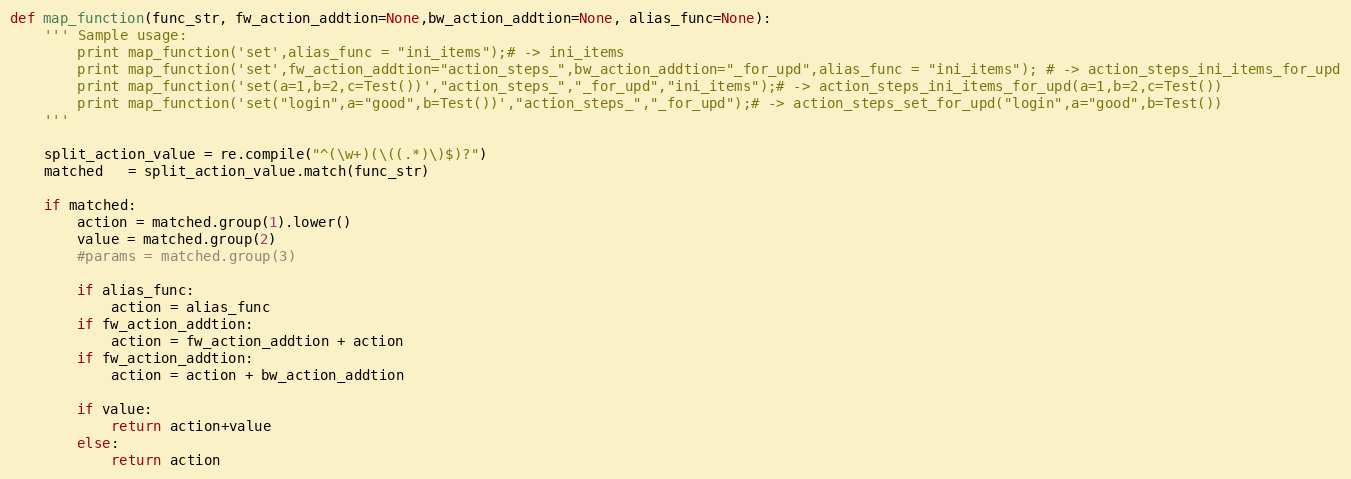
Language: Python
def map_function(func_str, fw_action_addtion=None,bw_action_addtion=None, alias_func=None):
    ''' Sample usage:
        print map_function('set',alias_func = "ini_items");# -> ini_items
        print map_function('set',fw_action_addtion="action_steps_",bw_action_addtion="_for_upd",alias_func = "ini_items"); # -> action_steps_ini_items_for_upd
        print map_function('set(a=1,b=2,c=Test())',"action_steps_","_for_upd","ini_items");# -> action_steps_ini_items_for_upd(a=1,b=2,c=Test())
        print map_function('set("login",a="good",b=Test())',"action_steps_","_for_upd");# -> action_steps_set_for_upd("login",a="good",b=Test())
    '''

    split_action_value = re.compile("^(\w+)(\((.*)\)$)?")
    matched   = split_action_value.match(func_str)

    if matched:
        action = matched.group(1).lower()
        value = matched.group(2)
        #params = matched.group(3)

        if alias_func:
            action = alias_func
        if fw_action_addtion:
            action = fw_action_addtion + action
        if fw_action_addtion:
            action = action + bw_action_addtion

        if value:
            return action+value
        else:
            return action